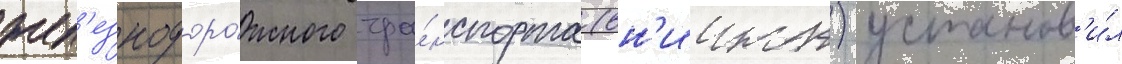
жел'езнодоро́жного тра́нспорта (вн'иижт) установ'и́л